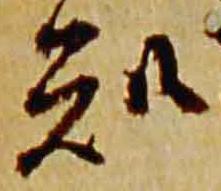
知